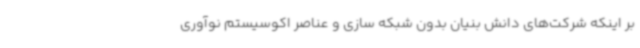
بر اینکه شرکت‌های دانش بنیان بدون شبکه سازی و عناصر اکوسیستم نوآوری